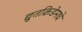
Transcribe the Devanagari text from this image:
द्युतक्रिडेमधे